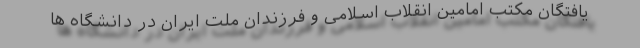
یافتگان مکتب امامین انقلاب اسلامی و فرزندان ملت ایران در دانشگاه ها